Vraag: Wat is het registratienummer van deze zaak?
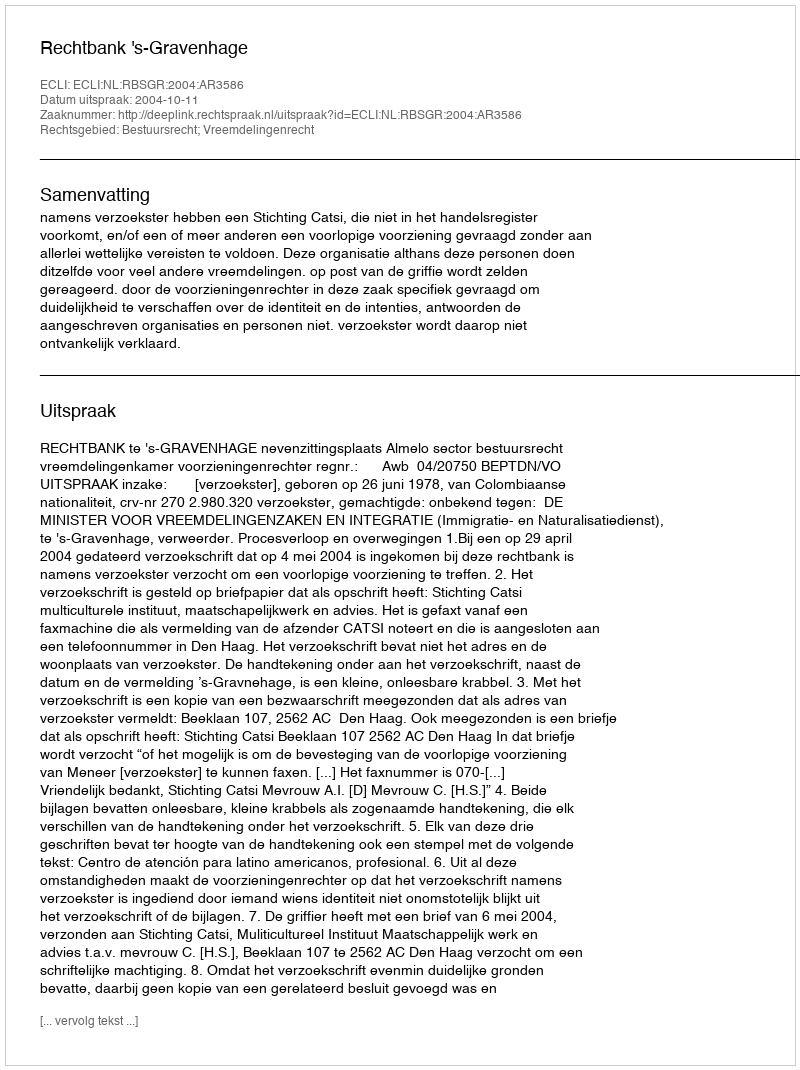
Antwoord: http://deeplink.rechtspraak.nl/uitspraak?id=ECLI:NL:RBSGR:2004:AR3586